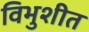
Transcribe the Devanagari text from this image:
विभुशीत